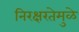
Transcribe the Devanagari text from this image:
निरक्षरतेमुळे